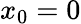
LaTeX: x_{0}=0